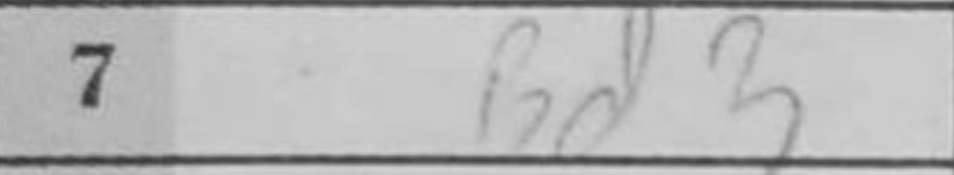
Transcription: Bd3